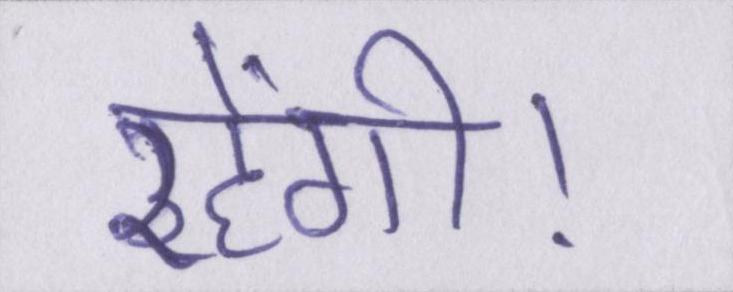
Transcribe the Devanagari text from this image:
रहेंगी।